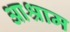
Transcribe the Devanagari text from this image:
आश्राम